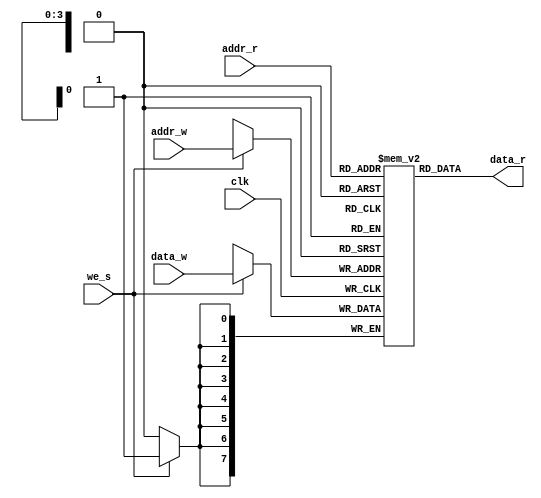
`timescale 1ns / 1ps
//////////////////////////////////////////////////////////////////////////////////
// Company: 
// Engineer: 
// 
// Design Name: 
// Module Name: reg_memory_file
// Project Name: 
// Target Devices: 
// Tool Versions: 
// Description: 
// 
// Dependencies: 
// 
// Revision:
// Revision 0.01 - File Created
// Additional Comments:
// 
//////////////////////////////////////////////////////////////////////////////////


module reg_memory_file#(
parameter addr_size=4,
 word_width=8
)(
    input we_s,//write enable signal 
    input clk,
    input [addr_size-1:0] addr_r,// read address
    input [addr_size-1:0] addr_w,//write address
    input [word_width-1:0] data_w,// data to be written
   output [word_width-1:0] data_r // daa to be read
   );
    
    
    //describing a memory  
   reg [word_width-1:0] reg_mem [0: 2**addr_size -1];
   
   //write operation 
   always@(posedge clk) 
   begin
   if(we_s)
   reg_mem[addr_w] <= data_w;
  
   end
   
   // asyn read
    assign data_r = reg_mem[addr_r];
    
endmodule